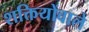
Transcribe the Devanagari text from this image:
शक्तियोंवाले